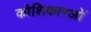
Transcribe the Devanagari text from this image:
कोशिकारओं